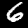
Label: 6